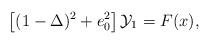
LaTeX: \begin{align*} \left[ (1-\Delta)^2 + e_0^2 \right] \mathcal{Y}_1 = F(x),\end{align*}